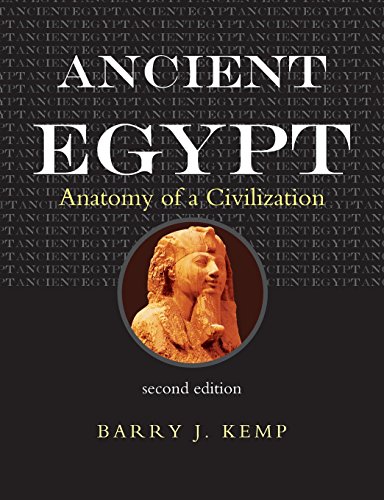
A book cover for Ancient Egypt: Anatomy of a Civilization, Second Edition; Barry J. Kemp; History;